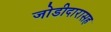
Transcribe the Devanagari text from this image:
जोडीदारासह